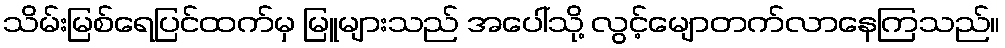
သိမ်းမြစ်ရေပြင်ထက်မှ မြူများသည် အပေါ်သို့ လွင့်မျောတက်လာနေကြသည်။